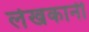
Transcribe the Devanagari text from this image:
लेखकानी